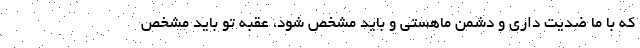
که با ما ضدیت داری و دشمن ماهستی و باید مشخص شود، عقبه تو باید مشخص